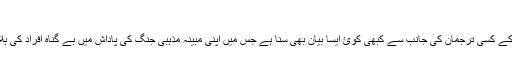
​
اس کے برعکس کيا آپ نے ان دہشت گرد تنظيموں کے کسی ترجمان کی جانب سے کبھی کوئ ايسا بيان بھی سنا ہے جس ميں اپنی مبينہ مذہبی جنگ کی پاداش ميں بے گناہ افراد کی ہلاکت پر اظہار افسوس يا پيشمانی کا اظہار کيا گيا ہو۔